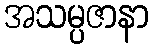
အသမ္ပဇာနာ